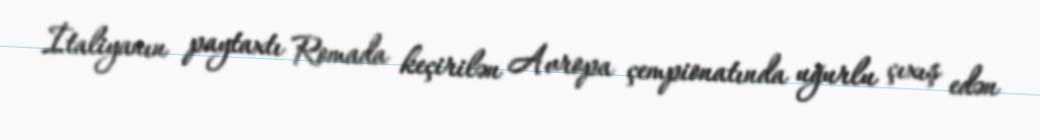
İtaliyanın paytaxtı Romada keçirilən Avropa çempionatında uğurlu çıxış edən